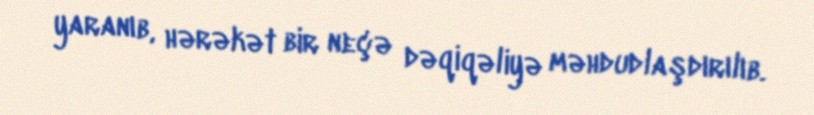
yaranıb, hərəkət bir neçə dəqiqəliyə məhdudlaşdırılıb.